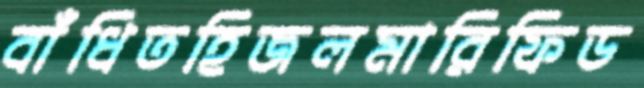
বাঁধিতহিজলমারিফিড